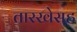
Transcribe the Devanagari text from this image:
तारखेसह